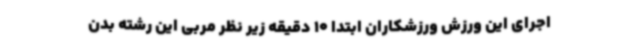
اجرای این ورزش ورزشکاران ابتدا 10 دقیقه زیر نظر مربی این رشته بدن